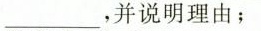
___$$，并说明理由；